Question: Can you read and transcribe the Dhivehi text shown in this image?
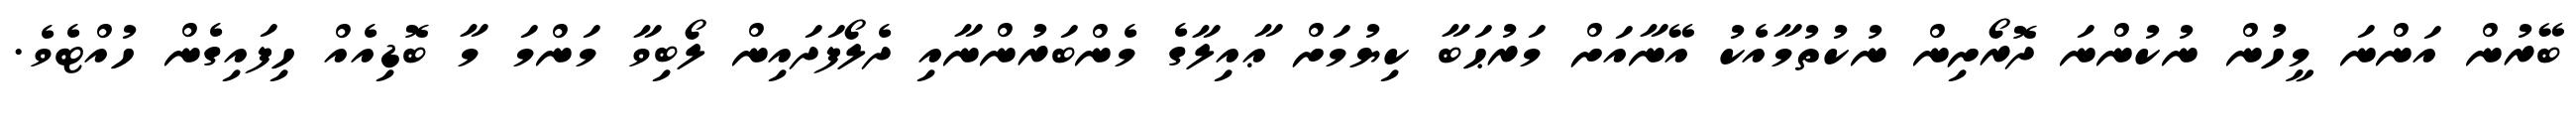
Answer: ބޭރުން އަންނަ މީހުން ނުކުންނަ ދޮރޯށިން ނުކުތުމާއެކު އޭނާއަށް މަރުޙަބާ ކިޔުމަށް ޢާއިލާގެ މެންބަރުންނާއި ދެލޯފަދައިން ލޯބިވާ މަންމަ މާ ބޮޑިއެއް ހިފައިގެން ހުއްޓެވެ.